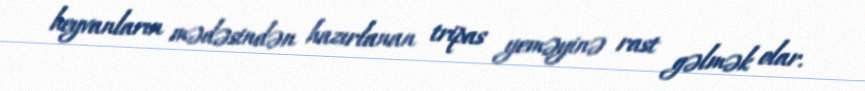
heyvanların mədəsindən hazırlanan tripas yeməyinə rast gəlmək olar.